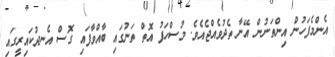
އެންމެފަހުން އިންތަނުން އޭނާ ތެދުވެއްޖެއެވެ. މުސްހަފު އޮތް ތަނުގައި ބާއްވާފައި ގޮސް އެނދުކައިރީގައި